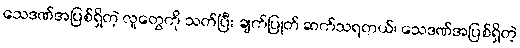
သေဒဏ်အပြစ်ရှိတဲ့ လူတွေကို သတ်ပြီး ချက်ပြုတ် ဆက်သရတယ်၊ သေဒဏ်အပြစ်ရှိတဲ့